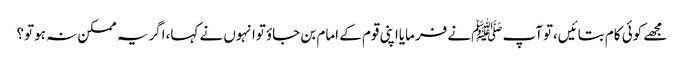
مجھے کوئی کام بتائیں،توآپ ﷺنے فرمایااپنی قوم کے امام بن جاؤتوانہوں نے کہا،اگریہ ممکن نہ ہوتو؟